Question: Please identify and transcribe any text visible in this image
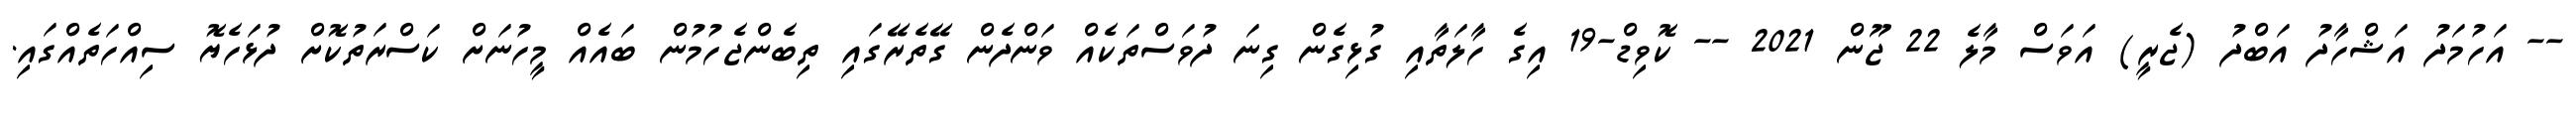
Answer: -- އަހުމަދު އަޝްހާދު އަބްދު (ޖެރީ) އަވަސް މާލެ 22 ޖޫން 2021 -- ކޮވިޑް-19 އިގެ ހާލަތާއި ގުޅިގެން ގިނަ ދުވަސްތަކެއް ވަންދެން ގޭތެރޭގައި ތިބެންޖެހުމުން ބައެއް މީހުނަށް ކަސްރަތުކޮށް ދުޅަހެޔޮ ސިއްހަތެއްގައި.